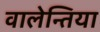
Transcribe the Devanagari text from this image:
वालेन्तिया